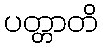
ပတ္တာတိ